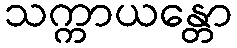
သက္ကာယန္တော